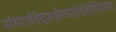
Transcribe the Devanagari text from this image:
संमार्जयेदस्थीन्यतोदेवेतिमंत्रतः